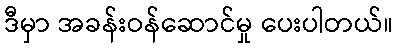
ဒီမှာ အခန်းဝန်ဆောင်မှု ပေးပါတယ်။